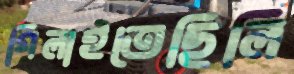
গিলাইতেছিলি